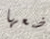
ضعها